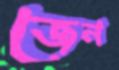
জেন